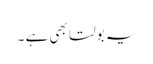
یہ بولتا بھی ہے ۔